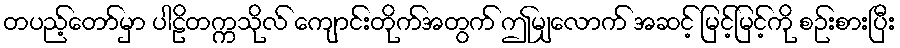
တပည့်တော်မှာ ပါဠိတက္ကသိုလ် ကျောင်းတိုက်အတွက် ဤမျှလောက် အဆင့် မြင့်မြင့်ကို စဉ်းစားပြီး